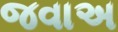
જવાઅ